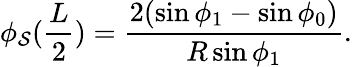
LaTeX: \phi_{\mathcal{S}}(\frac{{L}}{{2}})=\frac{{2(\sin\phi_{1}-\sin\phi_{0})}}{{R\sin\phi_{1}}}.